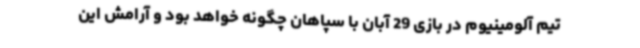
تیم آلومینیوم در بازی 29 آبان با سپاهان چگونه خواهد بود و آرامش این